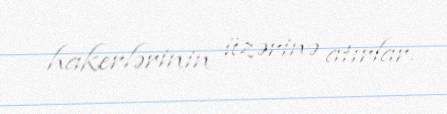
hakerlərinin üzərinə atırlar.